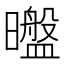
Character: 𰖶